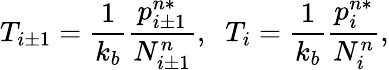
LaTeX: T_{i\pm 1}=\frac{1}{k_{b}}\frac{p_{i\pm 1}^{n*}}{N_{i\pm 1}^{n}},\; \; T_{i}=\frac{1}{k_{b}}\frac{p_{i}^{n*}}{N_{i}^{n}},